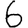
Digit: 6